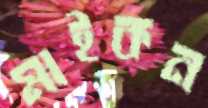
মাইকন